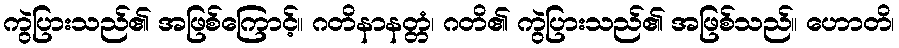
ကွဲပြားသည်၏ အဖြစ်ကြောင့်။ ဂတိနာနတ္တံ၊ ဂတိ၏ ကွဲပြားသည်၏ အဖြစ်သည်။ ဟောတိ၊